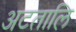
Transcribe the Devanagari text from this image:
अटतालि